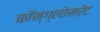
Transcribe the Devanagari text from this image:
कॉन्ग्लोमरेट